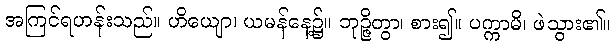
အကြင်ရဟန်းသည်။ ဟိယျော၊ ယမန်နေ့၌။ ဘုဉ္ဇိတွာ၊ စား၍။ ပက္ကာမိ၊ ဖဲသွား၏။